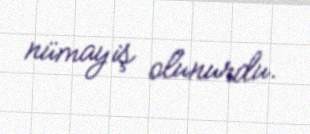
nümayiş olunurdu.